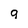
Character: q